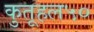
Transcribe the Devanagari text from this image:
कुतूहल५०